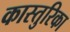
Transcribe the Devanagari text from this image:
कास्तुरिका